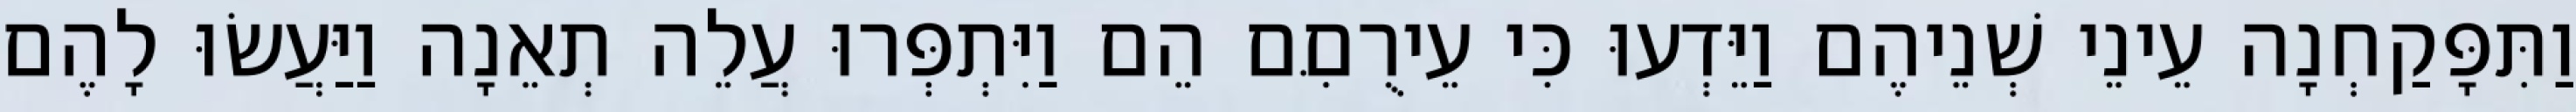
וַתִּפָּקַחְנָה עֵינֵי שְׁנֵיהֶם וַיֵּדְעוּ כִּי עֵירֻםִּם הֵם וַיִּתְפְּרוּ עֲלֵה תְאֵנָה וַיַּעֲשׂוּ לָהֶם